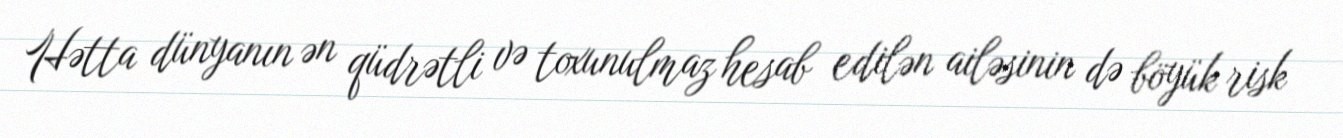
Hətta dünyanın ən qüdrətli və toxunulmaz hesab edilən ailəsinin də böyük risk